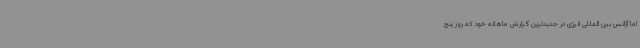
اما آژانس بین المللی انرژی در جدیدترین گزارش ماهانه خود که روز پنج